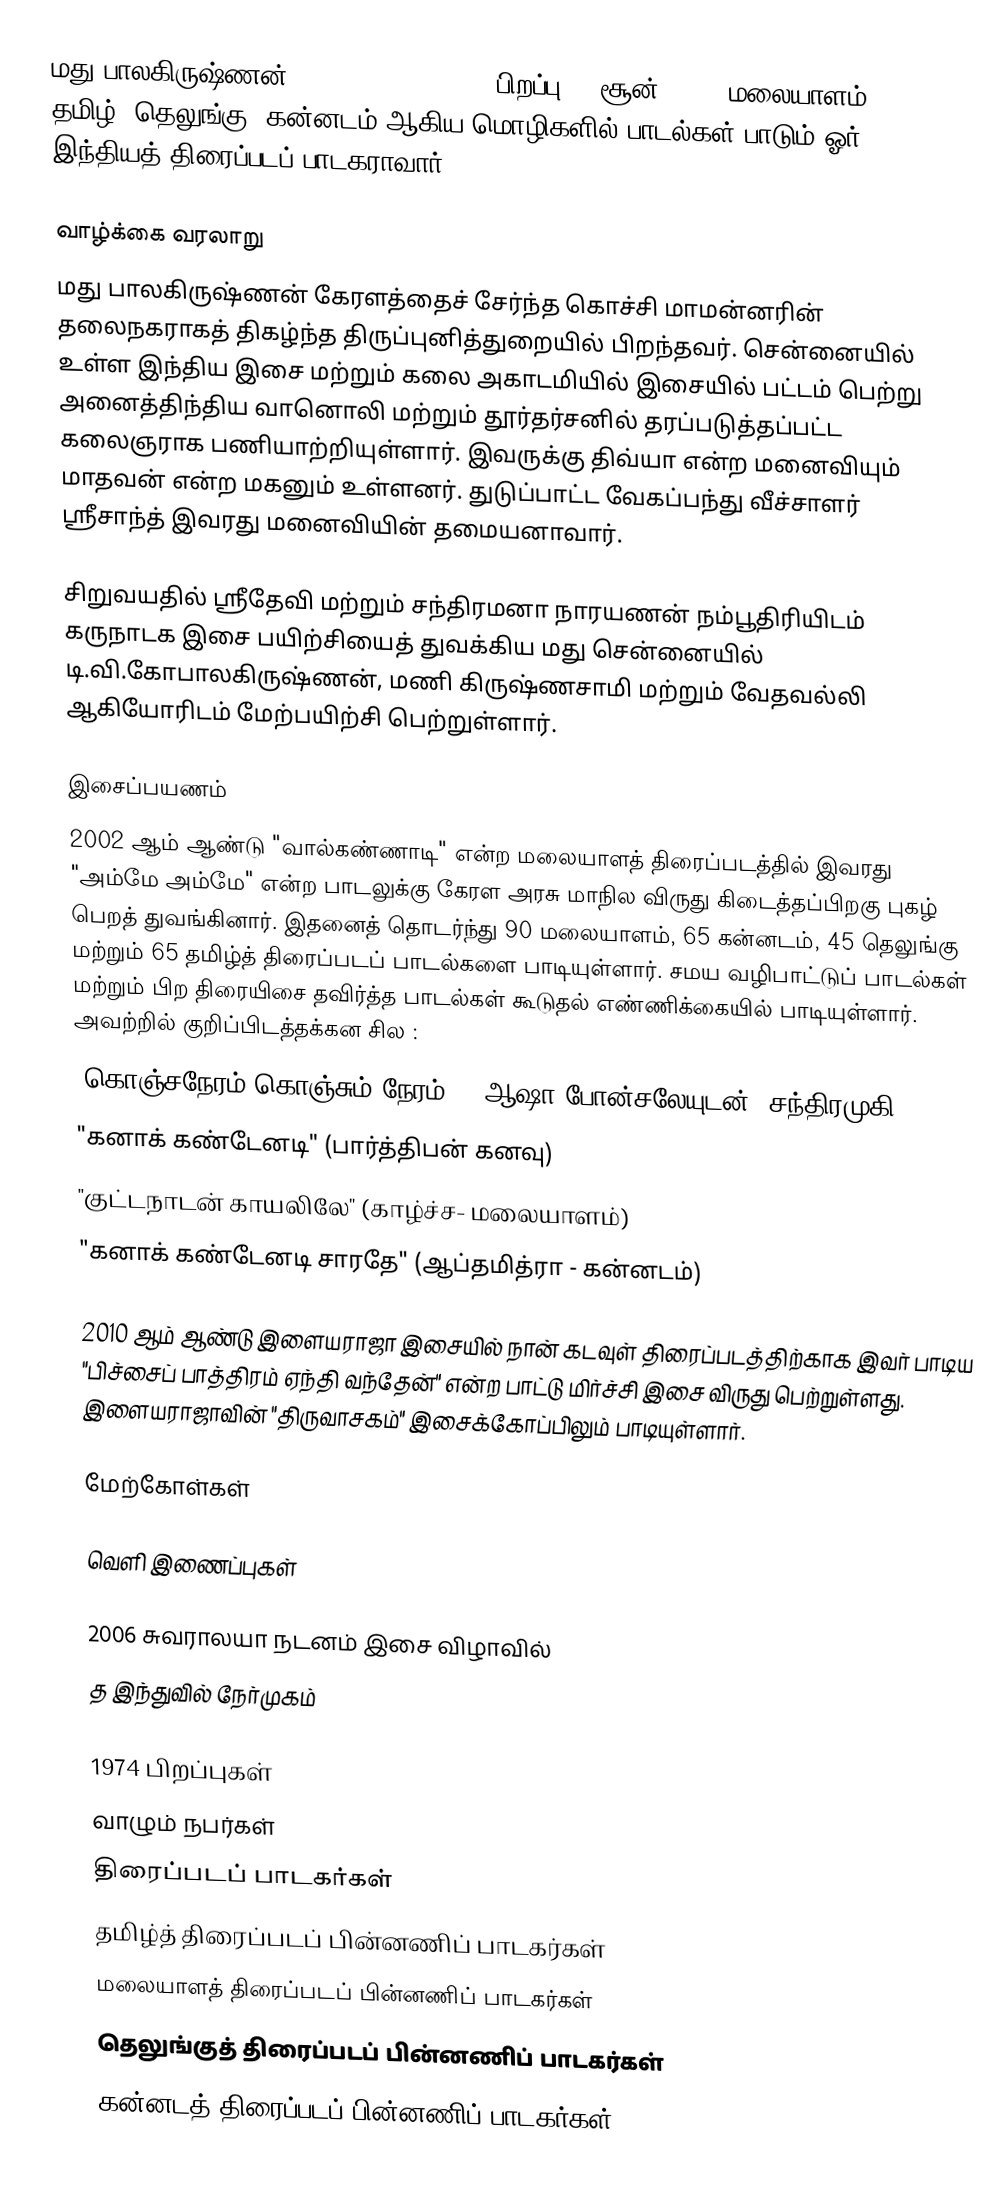
மது பாலகிருஷ்ணன் (Madhu Balakrishnan பிறப்பு:24 சூன் 1974) மலையாளம், தமிழ், தெலுங்கு, கன்னடம் ஆகிய மொழிகளில் பாடல்கள் பாடும் ஓர் இந்தியத் திரைப்படப் பாடகராவார்.

வாழ்க்கை வரலாறு
மது பாலகிருஷ்ணன் கேரளத்தைச் சேர்ந்த கொச்சி மாமன்னரின் தலைநகராகத் திகழ்ந்த திருப்புனித்துறையில் பிறந்தவர். சென்னையில் உள்ள இந்திய இசை மற்றும் கலை அகாடமியில் இசையில் பட்டம் பெற்று அனைத்திந்திய வானொலி மற்றும் தூர்தர்சனில் தரப்படுத்தப்பட்ட கலைஞராக பணியாற்றியுள்ளார். இவருக்கு திவ்யா என்ற மனைவியும் மாதவன் என்ற மகனும் உள்ளனர். துடுப்பாட்ட வேகப்பந்து வீச்சாளர் ஸ்ரீசாந்த் இவரது மனைவியின் தமையனாவார்.

சிறுவயதில் ஸ்ரீதேவி மற்றும் சந்திரமனா நாரயணன் நம்பூதிரியிடம் கருநாடக இசை பயிற்சியைத் துவக்கிய மது சென்னையில் டி.வி.கோபாலகிருஷ்ணன், மணி கிருஷ்ணசாமி மற்றும் வேதவல்லி ஆகியோரிடம் மேற்பயிற்சி பெற்றுள்ளார்.

இசைப்பயணம்
2002 ஆம் ஆண்டு "வால்கண்ணாடி" என்ற மலையாளத் திரைப்படத்தில் இவரது "அம்மே அம்மே" என்ற பாடலுக்கு கேரள அரசு மாநில விருது கிடைத்தப்பிறகு புகழ் பெறத் துவங்கினார். இதனைத் தொடர்ந்து 90 மலையாளம், 65 கன்னடம், 45 தெலுங்கு மற்றும் 65 தமிழ்த் திரைப்படப் பாடல்களை பாடியுள்ளார். சமய வழிபாட்டுப் பாடல்கள் மற்றும் பிற திரையிசை தவிர்த்த பாடல்கள் கூடுதல் எண்ணிக்கையில் பாடியுள்ளார். அவற்றில் குறிப்பிடத்தக்கன சில :
 "கொஞ்சநேரம் கொஞ்சும் நேரம்" - ஆஷா போன்சலேயுடன் (சந்திரமுகி)
 "கனாக் கண்டேனடி" (பார்த்திபன் கனவு)
 "குட்டநாடன் காயலிலே" (காழ்ச்ச- மலையாளம்)
 "கனாக் கண்டேனடி சாரதே" (ஆப்தமித்ரா - கன்னடம்)

2010 ஆம் ஆண்டு இளையராஜா இசையில் நான் கடவுள் திரைப்படத்திற்காக இவர் பாடிய "பிச்சைப் பாத்திரம் ஏந்தி வந்தேன்" என்ற பாட்டு மிர்ச்சி இசை விருது பெற்றுள்ளது. இளையராஜாவின் "திருவாசகம்" இசைக்கோப்பிலும் பாடியுள்ளார்.

மேற்கோள்கள்

வெளி இணைப்புகள்

2006 சுவராலயா நடனம் இசை விழாவில்
த இந்துவில் நேர்முகம்

1974 பிறப்புகள்
வாழும் நபர்கள்
திரைப்படப் பாடகர்கள்
தமிழ்த் திரைப்படப் பின்னணிப் பாடகர்கள்
மலையாளத் திரைப்படப் பின்னணிப் பாடகர்கள்
தெலுங்குத் திரைப்படப் பின்னணிப் பாடகர்கள்
கன்னடத் திரைப்படப் பின்னணிப் பாடகர்கள்